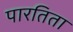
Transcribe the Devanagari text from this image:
पारतिता